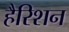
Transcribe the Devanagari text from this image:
हैरिशन